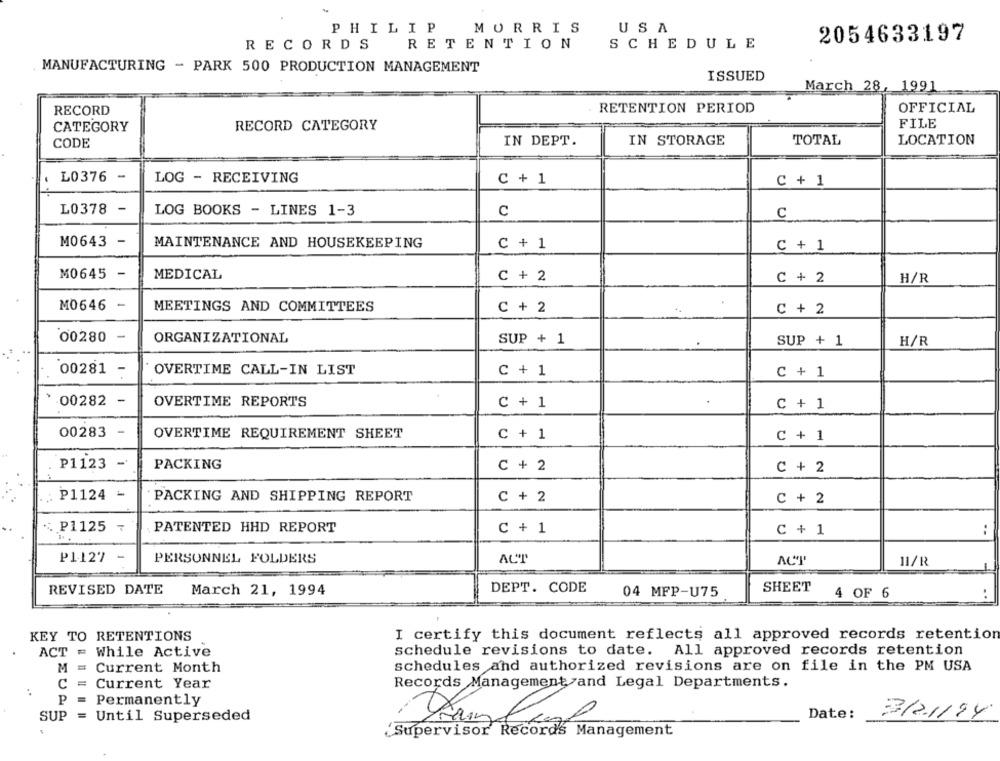
PHILIP
MORRIS
USA
2054633197
RECORDS RETENTION
SCHEDULE
MANUFACTURING - PARK 500 PRODUCTION MANAGEMENT
ISSUED
March 28, 1991
RECORD
RETENTION PERIOD
OFFICIAL
CATEGORY
RECORD CATEGORY
FILE
CODE
IN DEPT.
IN STORAGE
TOTAL
LOCATION
L0376 -
LOG - RECEIVING
C + 1
C + 1
L0378 -
LOG BOOKS - LINES 1-3
c
c
M0643
-
MAINTENANCE AND HOUSEKEEPING
C + 1
C + 1
M0645 -
MEDICAL
C + 2
C + 2
H/R
M0646 -
MEETINGS AND COMMITTEES
C + 2
C + 2
00280 -
ORGANIZATIONAL
SUP + 1
SUP + 1
H/R
00281 -
OVERTIME CALL-IN LIST
C + 1
C + 1
00282 -
OVERTIME REPORTS
C + 1
C + 1
00283 -
OVERTIME REQUIREMENT SHEET
C + 1
C + 1
P1123 -
PACKING
C + 2
C + 2
P1124 -
PACKING AND SHIPPING REPORT
C + 2
C + 2
P1125
PATENTED HHD REPORT
C + 1
C + 1
..
P1.127
-
PERSONNEL FOLDERS
ACT
ACT
11/R
REVISED DATE
March 21, 1994
DEPT. CODE
04 MFP-U75
SHEET
4 OF 6
KEY TO RETENTIONS
I certify this document reflects all approved records retention
ACT = While Active
schedule revisions to date. All approved records retention
M = Current Month
schedules and authorized revisions are on file in the PM USA
C =
Current Year
Records Management and Legal Departments.
.
P =
EUA
Permanently
Date:
3/2.1194
SUP
Until Superseded
Supervisor Records Management